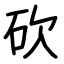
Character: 砍